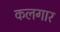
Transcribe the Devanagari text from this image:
कलगार